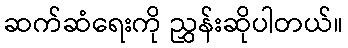
ဆက်ဆံရေးကို ညွှန်းဆိုပါတယ်။